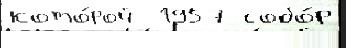
кото́рой  1957 собо́р